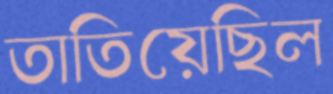
তাতিয়েছিল